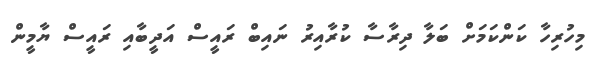
މިހުރިހާ ކަންކަމަށް ބަލާ ދިރާސާ ކުރާއިރު ނައިބް ރައީސް އަދީބާއި ރައީސް ޔާމީން